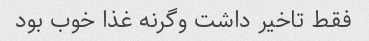
فقط تاخیر داشت وگرنه غذا خوب بود